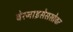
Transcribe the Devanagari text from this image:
बेरनाइसेससोबत